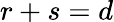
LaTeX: r+s=d